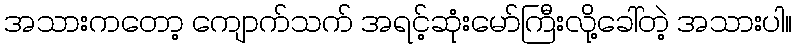
အသားကတော့ ကျောက်သက် အရင့်ဆုံးမော်ကြီးလို့ခေါ်တဲ့ အသားပါ။